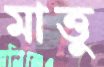
মাত্তু